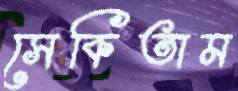
সেকিতাম